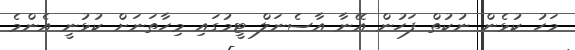
މަހު ކުޅެން ނުކުތް ފަހުން އޭނާ އާސެނަލް ޓީމުގައި މިހާތަނަށް ކުޅުނީ އެންމެ